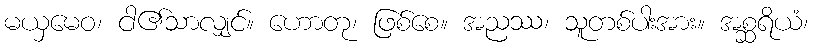
မယှမေဝ၊ ငါ၏သာလျှင်။ ဟောတု၊ ဖြစ်စေ။ အညဿ၊ သူတစ်ပါးအား။ အစ္ဆရိယံ၊